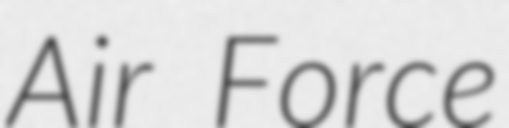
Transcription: Air Force